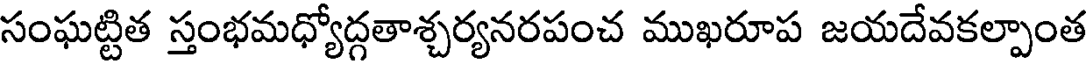
సంఘట్టిత స్తంభమధ్యోద్గతాశ్చర్యనరపంచ ముఖరూప జయదేవకల్పాంత